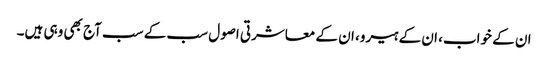
ان کے خواب، ان کے ہیرو، ان کے معاشرتی اصول سب کے سب آج بھی وہی ہیں۔